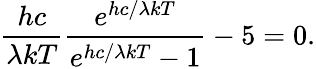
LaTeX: {\frac{hc}{\lambda kT}}{\frac{e^{hc/\lambda kT}}{e^{hc/\lambda kT}-1}}-5=0.